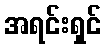
အရင်းရှင်